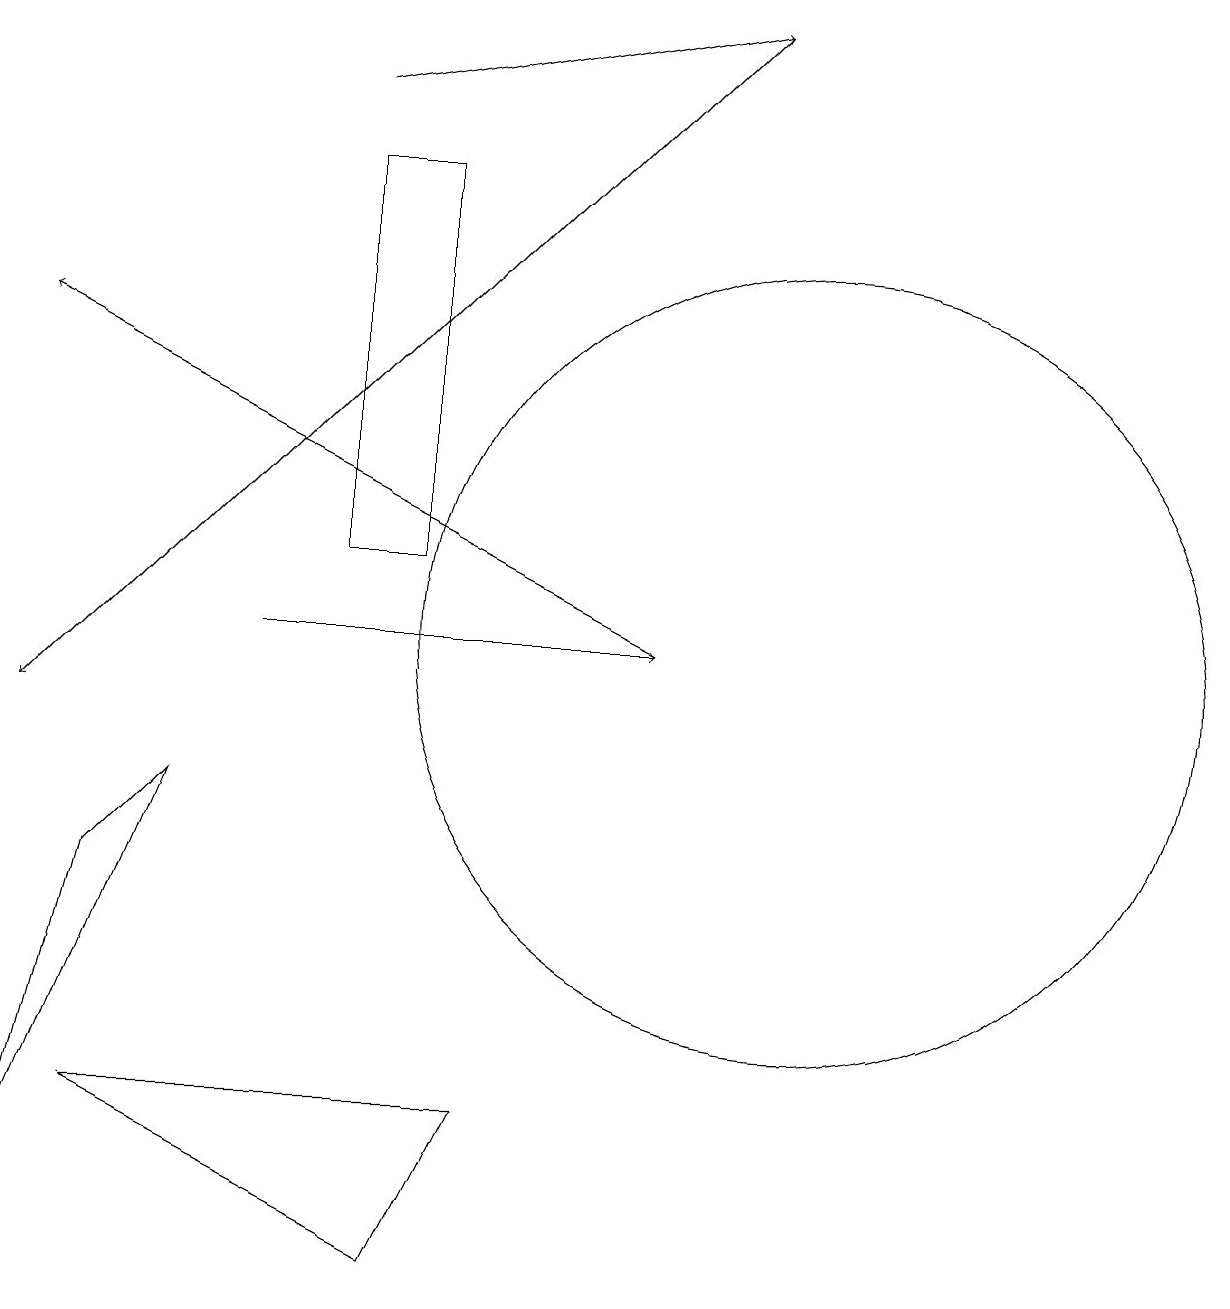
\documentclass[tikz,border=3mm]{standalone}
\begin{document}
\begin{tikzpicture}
\draw (1,5) -- (5,3) -- (6,5) -- cycle;
\draw[->] (3,11) -- (8,11);
\draw[->] (4,18) -- (9,19);
\draw (10,11) circle (5);
\draw[->] (8,11) -- (0,15);
\draw (5,12) rectangle (4,17);
\draw (2,9) -- (0,4) -- (1,8) -- cycle;
\draw[->] (9,19) -- (0,10);
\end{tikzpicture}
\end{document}